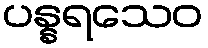
ပန္နရသေဝ